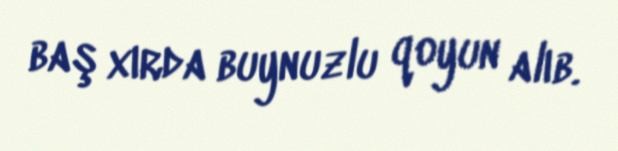
baş xırda buynuzlu qoyun alıb.